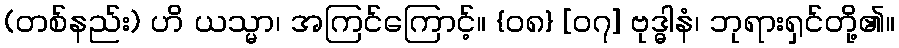
(တစ်နည်း) ဟိ ယသ္မာ၊ အကြင်ကြောင့်။ {၀၈} [၀၇] ဗုဒ္ဓါနံ၊ ဘုရားရှင်တို့၏။